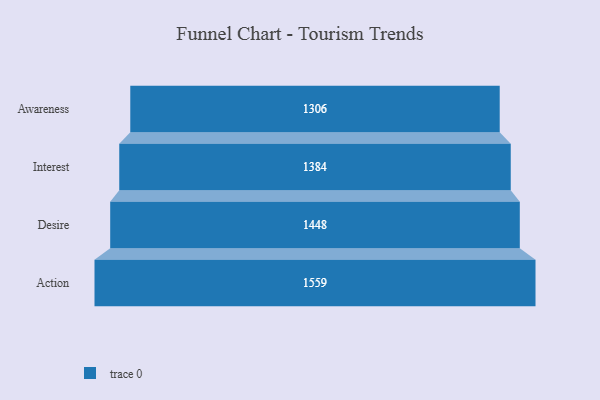
{"axis": {"x": "Stage", "y": "Value"}, "legend": [""], "data": [{"x": "Awareness", "y": 1306.0, "type": ""}, {"x": "Interest", "y": 1384.0, "type": ""}, {"x": "Desire", "y": 1448.0, "type": ""}, {"x": "Action", "y": 1559.0, "type": ""}]}